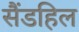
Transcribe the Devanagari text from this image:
सैंडहिल